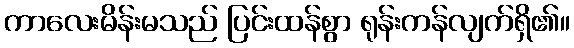
ကာလေးမိန်းမသည် ပြင်းထန်စွာ ရုန်းကန်လျက်ရှိ၏။